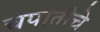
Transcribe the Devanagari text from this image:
चपातीचे